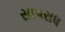
સાપરાધ